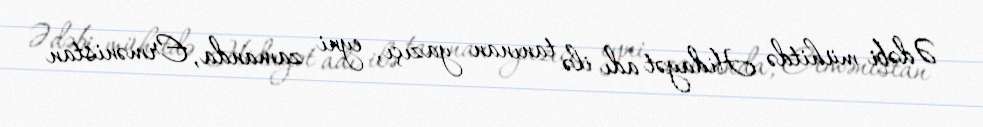
Ədəbi mühitdə Hidayət adı ilə tanınan yazıçı, eyni zamanda, Ermənistan